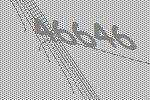
46646